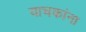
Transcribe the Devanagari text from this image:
याचकांना